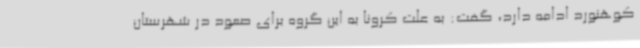
کوهنورد ادامه دارد، گفت: به علت کرونا به این گروه برای صعود در شهرستان